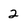
Character: 2